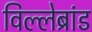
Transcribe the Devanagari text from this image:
विल्लेब्रांड